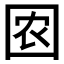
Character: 𱕽